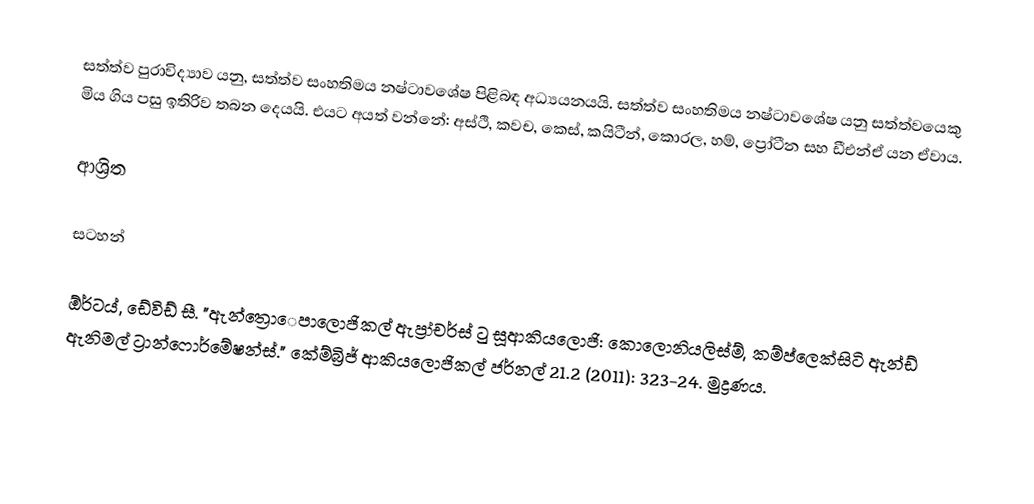
සත්ත්ව පුරාවිද්‍යාව යනු, සත්ත්ව සංහතිමය නෂ්ටාවශේෂ පිළිබඳ අධ්‍යයනයයි.   සත්ත්ව සංහතිමය නෂ්ටාවශේෂ යනු සත්ත්වයෙකු මිය ගිය පසු ඉතිරිව තබන දෙයයි.  එයට අයත් වන්නේ: අස්ථි, කවච, කෙස්, කයිටීන්, කොරල, හම්, ප්‍රෝටීන සහ ඩීඑන්ඒ යන ඒවාය.

ආශ්‍රිත

සටහන්

ඕර්ටය්, ඩේවිඩ් සී. "ඇන්ත්‍රොෙපාලොජිකල් ඇප්‍රා්චර්ස් ටු සූආකියලොජි: කොලොනියලිස්ම්, කම්ප්ලෙක්සිටි ඇන්ඩ් ඇනිමල් ට්‍රාන්ෆොර්මේෂන්ස්." කේම්බ්‍රිජ් ආකියලොජිකල් ජර්නල් 21.2 (2011): 323-24. මුද්‍රණය.